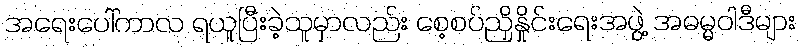
အရေးပေါ်ကာလ ရယူပြီးခဲ့သူမှာလည်း စေ့စပ်ညှိနှိုင်းရေးအဖွဲ့ အဓမ္မဝါဒီများ